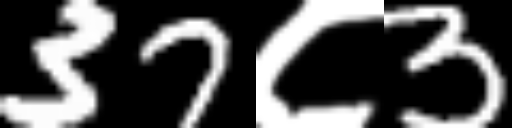
Text: 37८3